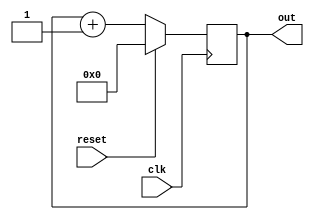
`timescale 1ns / 1ps
//////////////////////////////////////////////////////////////////////////////////
// Company: 
// Engineer: 
// 
// Design Name: 
// Module Name: pos4bitcounter
// Project Name: 
// Target Devices: 
// Tool Versions: 
// Description: 
// 
// Dependencies: 
// 
// Revision:
// Revision 0.01 - File Created
// Additional Comments:
// 
//////////////////////////////////////////////////////////////////////////////////


module pos4bitcounter(
    input clk,
    input reset,
    output [3:0] out
    );

    reg[3:0] count = 0;
    assign out = count;

    always @(posedge clk) begin
    
    if(!reset) count <= count + 1; 
    else count <= 0;
    end
endmodule